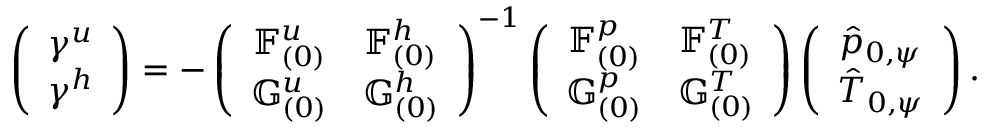
\left( \begin{array} { c } { \gamma ^ { u } } \\ { \gamma ^ { h } } \end{array} \right) = - \left( \begin{array} { c c } { \mathbb { F } _ { ( 0 ) } ^ { u } } & { \mathbb { F } _ { ( 0 ) } ^ { h } } \\ { \mathbb { G } _ { ( 0 ) } ^ { u } } & { \mathbb { G } _ { ( 0 ) } ^ { h } } \end{array} \right) ^ { - 1 } \left( \begin{array} { c c } { \mathbb { F } _ { ( 0 ) } ^ { p } } & { \mathbb { F } _ { ( 0 ) } ^ { T } } \\ { \mathbb { G } _ { ( 0 ) } ^ { p } } & { \mathbb { G } _ { ( 0 ) } ^ { T } } \end{array} \right) \left( \begin{array} { c } { \hat { p } _ { 0 , \psi } } \\ { \hat { T } _ { 0 , \psi } } \end{array} \right) .